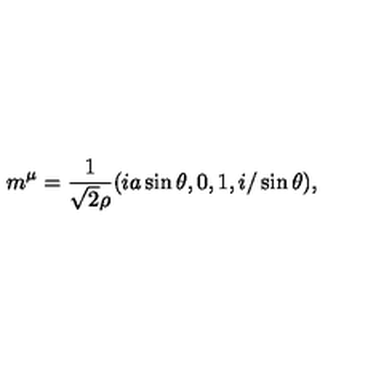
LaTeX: m ^ { \mu } = \frac { 1 } { \sqrt { 2 } \rho } ( i a \sin \theta , 0 , 1 , i / \sin \theta ) ,